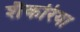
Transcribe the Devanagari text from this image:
शैकरिया